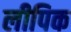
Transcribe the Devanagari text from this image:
लीपिक